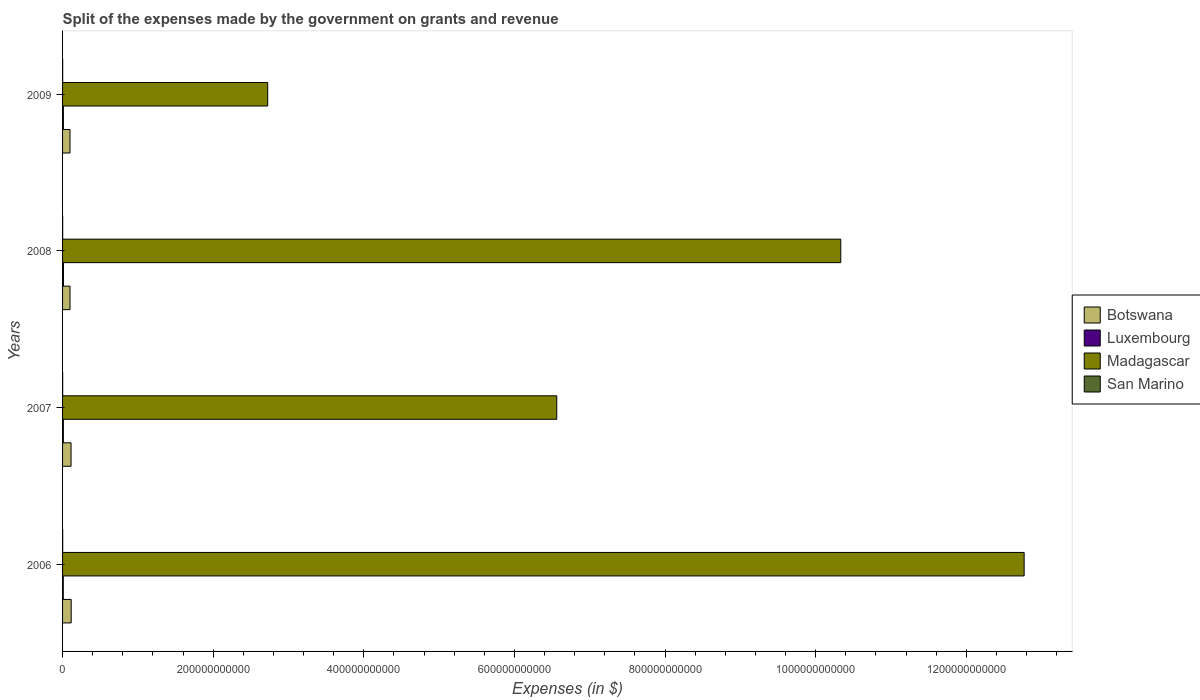
| Years | Botswana | Luxembourg | Madagascar | San Marino |
 | --- | --- | --- | --- | --- |
 | 2006 | 1.14e+10 | 9.05e+08 | 1.28e+12 | 1.52e+08 |
 | 2007 | 1.13e+10 | 1.03e+09 | 6.56e+11 | 1.34e+08 |
 | 2008 | 9.89e+09 | 1.19e+09 | 1.03e+12 | 1.45e+08 |
 | 2009 | 9.87e+09 | 1.07e+09 | 2.72e+11 | 1.48e+08 |